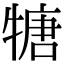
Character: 𤚫